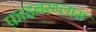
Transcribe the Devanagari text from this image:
फ़ाइबरग्लास